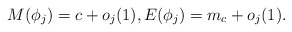
\begin{align*}M(\phi_j)=c+o_j(1),E(\phi_j)=m_c+o_j(1).\end{align*}